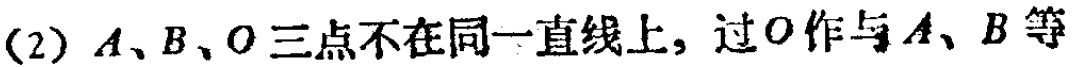
(2) \(A、B、O\)三点不在同一直线上，过\(O\)作与\(A、B\)等